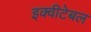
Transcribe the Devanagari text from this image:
इक्वीटेबल